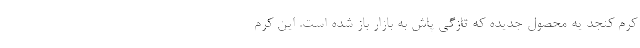
کرم کنجد یه محصول جدیده که تازگی پاش به بازار باز شده است. این کرم